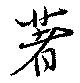
著